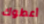
أعطوك